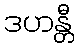
ဒဟန္တီ